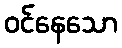
ဝင်နေသော